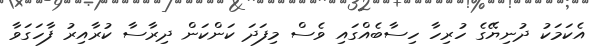
އެކަމަކު ދުނިޔޭގެ ހުރިހާ ހިސާބެއްގައި ވެސް މިފަދަ ކަންކަން ދިރާސާ ކުރާއިރު ފާހަގަވާ